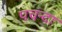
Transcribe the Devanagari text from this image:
पचन्दा